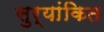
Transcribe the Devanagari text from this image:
सुर्यांकित